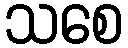
သစေ